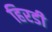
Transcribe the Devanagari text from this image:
हिरडी